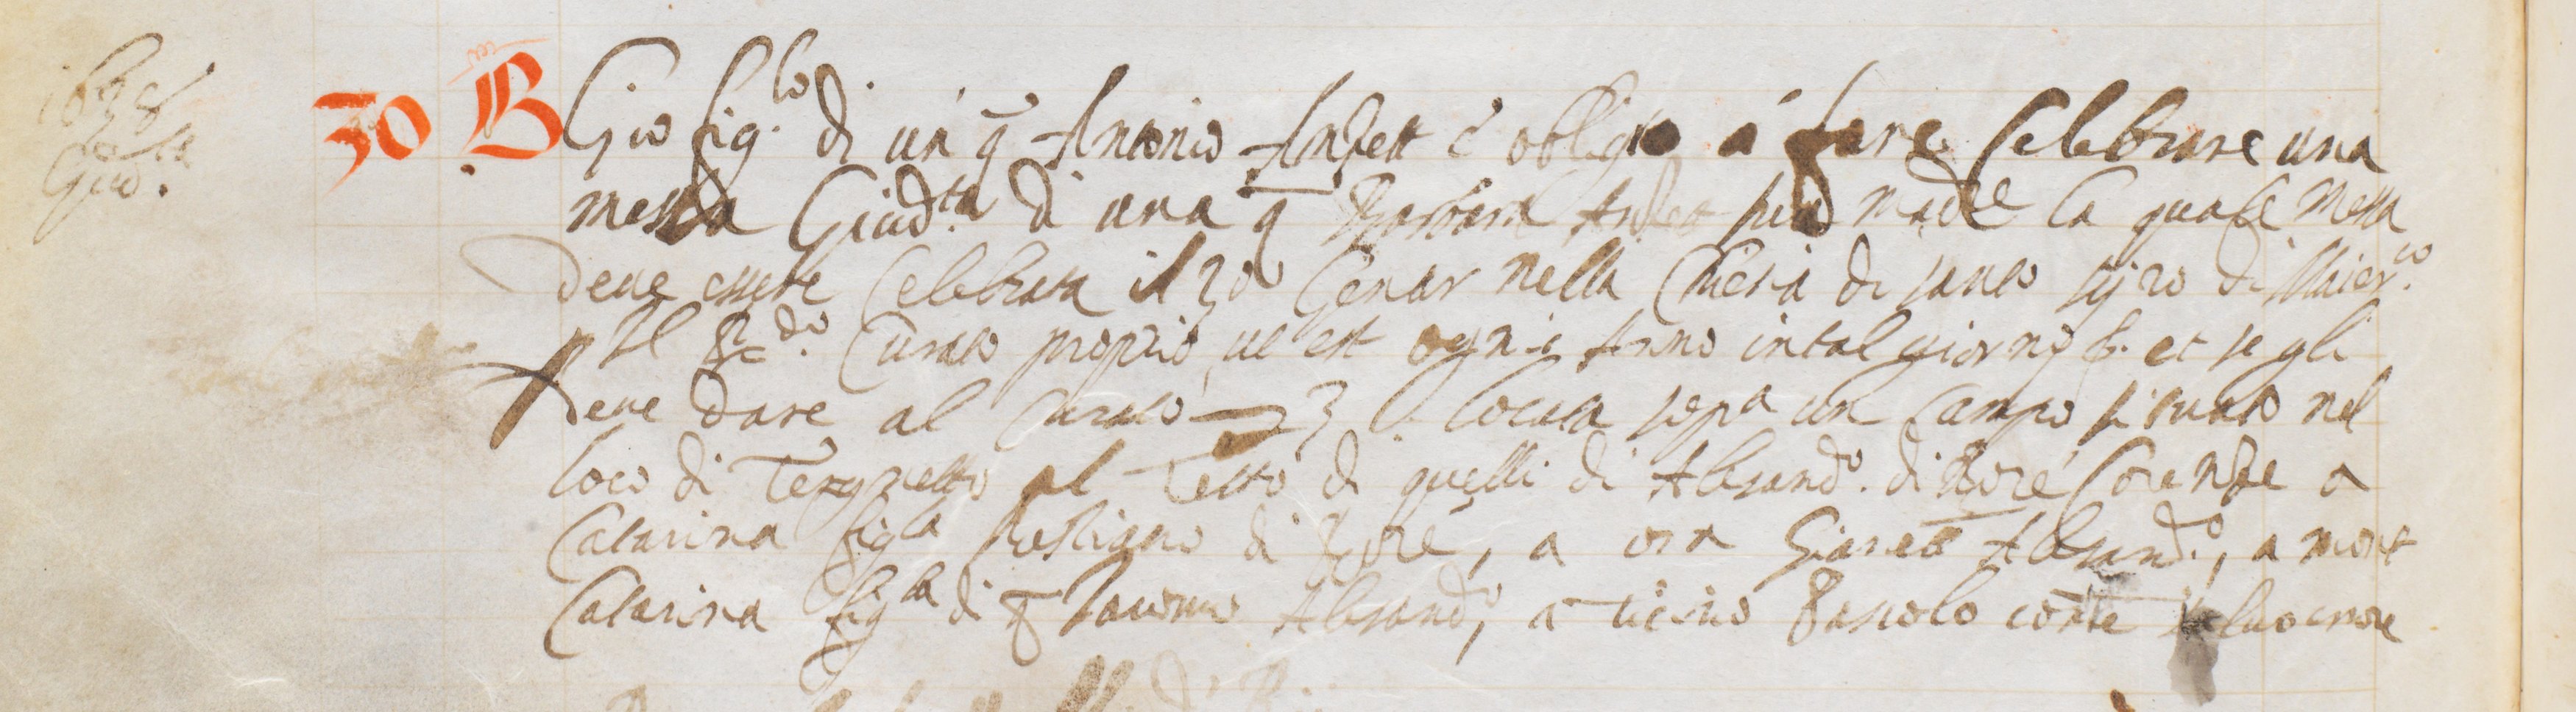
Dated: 1563–1563